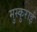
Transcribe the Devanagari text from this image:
मुस्कुराई